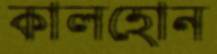
কালহোন